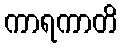
ကာရကာတိ